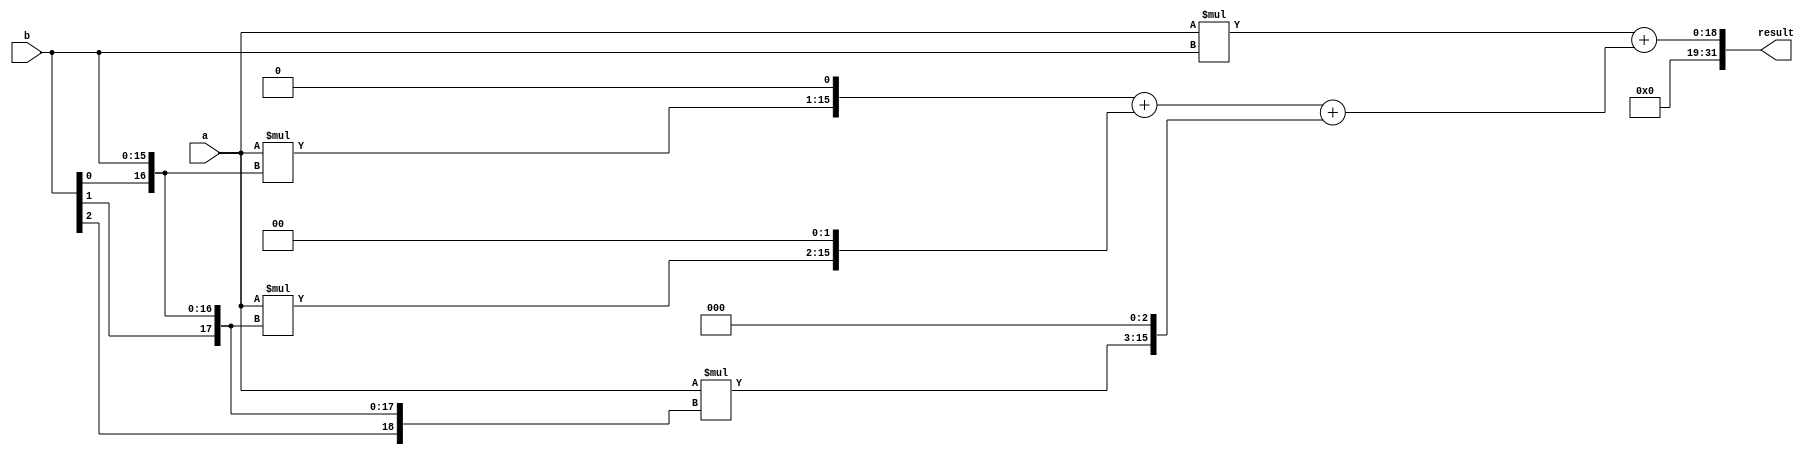
module wallace_tree_multiplier (
    input [15:0] a,
    input [15:0] b,
    output reg [31:0] result
);

reg [15:0] pp[3:0];
reg [31:0] sum[3:0];

always @* begin
    // Generate 4 stages of partial products
    pp[0] = a * b;
    pp[1] = a * {b[0], b} << 1;
    pp[2] = a * {b[1:0], b} << 2;
    pp[3] = a * {b[2:0], b} << 3;

    // Perform multi-stage addition using Wallace Tree architecture
    sum[0] = pp[0];
    sum[1] = pp[1] + pp[2];
    sum[2] = sum[1] + pp[3];

    // Final result is the sum of all stages
    result = sum[0] + sum[2];
end

endmodule